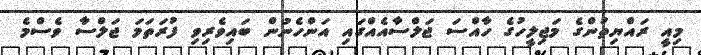
މިއީ ރައްޔިތުންގެ މަޖިލީހުގެ ހާއްސަ ޖަލްސާއެއްގައި އަންހެނުން ބައިވެރިވި ފުރަތަމަ ޖަލްސާ ވެސްމެ